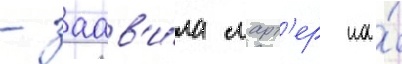
- заав'и́ла ларт'ер на́